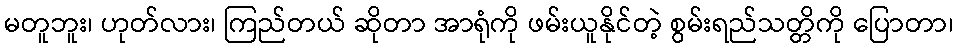
မတူဘူး၊ ဟုတ်လား၊ ကြည်တယ် ဆိုတာ အာရုံကို ဖမ်းယူနိုင်တဲ့ စွမ်းရည်သတ္တိကို ပြောတာ၊